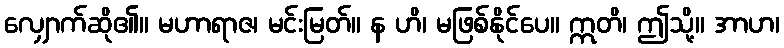
လျှောက်ဆို၏။ မဟာရာဇ၊ မင်းမြတ်။ န ဟိ၊ မဖြစ်နိုင်ပေ။ ဣတိ၊ ဤသို့။ အာဟ၊